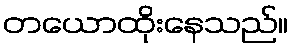
တယောထိုးနေသည်။